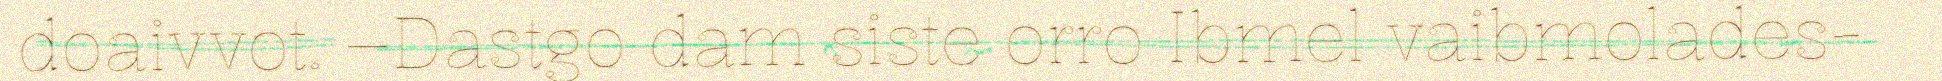
doaivvot. –Dastgo dam siste orro Ibmel vaibmolades-